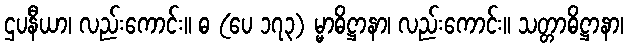
ဌပနီယာ၊ လည်းကောင်း။ ဓ (ပေ ၁၇၃) မ္မာဓိဋ္ဌာနာ၊ လည်းကောင်း။ သတ္တာဓိဋ္ဌာနာ၊